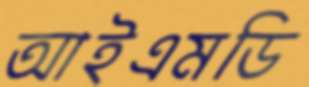
আইএমডি